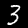
Label: 3